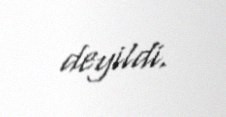
deyildi.